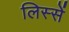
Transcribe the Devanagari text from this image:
लिस्सें